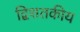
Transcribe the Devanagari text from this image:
द्विशतकीय